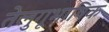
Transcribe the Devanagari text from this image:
तेलुगूभाषिक